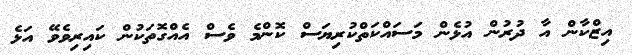
އިޒްކާން އާ ދުރުން އުޅެން މަސައްކަތްކުރިޔަސް ކޮންމެ ވެސް އެއްގޮތަކުން ކައިރިވެވޭ އަޅެ